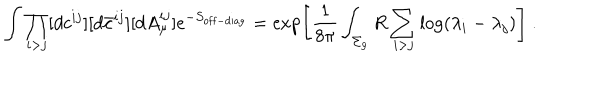
\int \prod _ { i > j } [ d c ^ { i j } ] [ d \bar { c } ^ { i j } ] [ d A _ { \mu } ^ { i j } ] e ^ { - S _ { \mathrm { o f f - d i a g } } } = \exp \left[ { \frac { 1 } { 8 \pi } } \int _ { \Sigma _ { g } } R \sum _ { i > j } \log ( \lambda _ { i } - \lambda _ { j } ) \right] ~ .